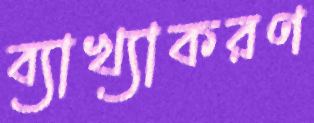
ব্যাখ্যাকরণ